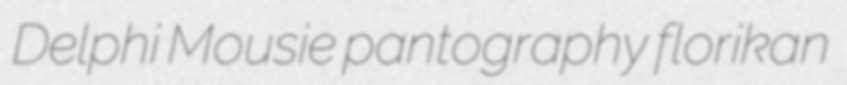
Delphi Mousie pantography florikan